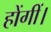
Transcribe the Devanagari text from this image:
होंगीं।